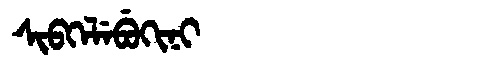
Manchu: ᠰᡳᠪᡴᡝᠯᡝᠪᡠᡴᡳᠨᡳ
Romanization: SIBKELEBUKINI